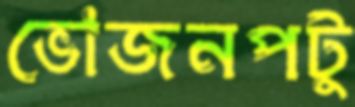
ভোজনপটু